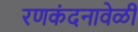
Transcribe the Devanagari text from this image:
रणकंदनावेळी